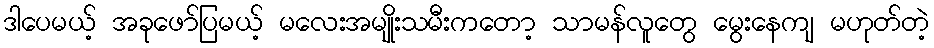
ဒါပေမယ့် အခုဖော်ပြမယ့် မလေးအမျိုးသမီးကတော့ သာမန်လူတွေ မွေးနေကျ မဟုတ်တဲ့